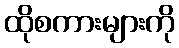
ထိုစကားများကို